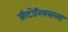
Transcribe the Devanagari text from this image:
प्रीटोरियसला